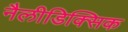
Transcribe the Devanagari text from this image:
नैलीडिक्सिक